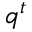
q ^ { t }